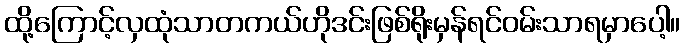
ထို့ကြောင့်လှထုံသာတကယ်ဟိုဒင်းဖြစ်ရိုးမှန်ရင်ဝမ်းသာရမှာပေါ့။